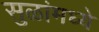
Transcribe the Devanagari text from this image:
सुळांमध्ये